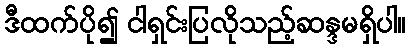
ဒီထက်ပို၍ ငါရှင်းပြလိုသည့်ဆန္ဒမရှိပါ။